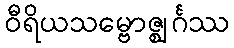
ဝီရိယသမ္ဗောဇ္ဈင်္ဂဿ